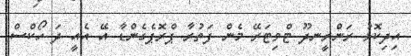
އިދިކޮޅު ރަންރީނދޫ ޓްވިޓަރޭ މެން ފަތުރާ ޕްރޮޕެގެންޑާ އޭ އެއީ ދަ ހޯކްސް